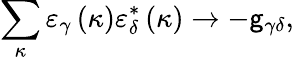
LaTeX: \sum_{\kappa}\varepsilon_{\gamma}\left(\kappa\right)\varepsilon_{\delta}^{*}\left(\kappa\right)\rightarrow-\mathsf{g}_{\gamma\delta},